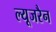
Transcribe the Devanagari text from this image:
ल्यूजरैन